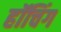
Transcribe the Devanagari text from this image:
हॉचिंग